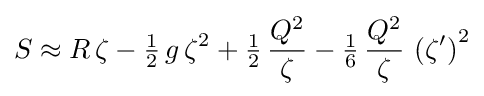
S\approx R\,\zeta -{\tfrac {1}{2}}\,g\,\zeta ^{2}+{\tfrac {1}{2}}\,{\frac {Q^{2}}{\zeta }}-{\tfrac {1}{6}}\,{\frac {Q^{2}}{\zeta }}\,\left(\zeta '\right)^{2}